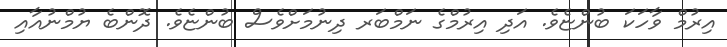
އިރުމް ވާހަކަ ބުންޏެވެ. އަދި އިރުމްގެ ނަމްބަރ ދިނުމަށްވެސް ބުންޏެވެ. ދޮންބެ ޔުމްނުއާއި